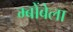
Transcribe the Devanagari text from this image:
म्बोंबेला